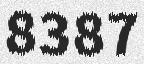
8387